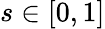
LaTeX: s\in[0,1]